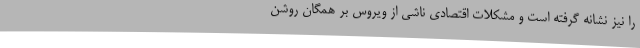
را نیز نشانه گرفته است و مشکلات اقتصادی ناشی از ویروس بر همگان روشن